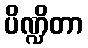
ပိဏ္ဍိတာ